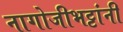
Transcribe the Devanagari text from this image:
नागोजीभट्टांनी